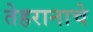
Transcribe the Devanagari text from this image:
तेहरानाचे